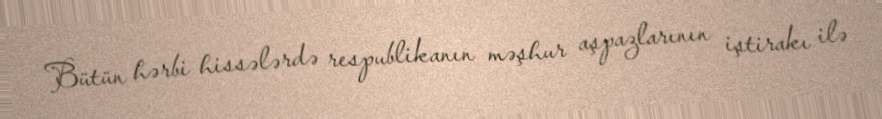
Bütün hərbi hissələrdə respublikanın məşhur aşpazlarının iştirakı ilə